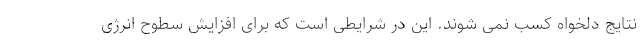
نتایج دلخواه کسب نمی شوند. این در شرایطی است که برای افزایش سطوح انرژی